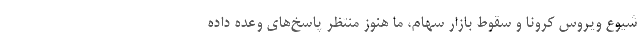
شیوع ویروس کرونا و سقوط بازار سهام، ما هنوز منتظر پاسخ‌های وعده داده